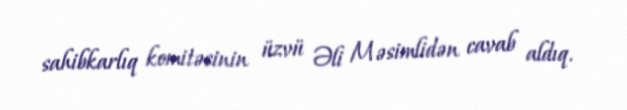
sahibkarlıq komitəsinin üzvü Əli Məsimlidən cavab aldıq.